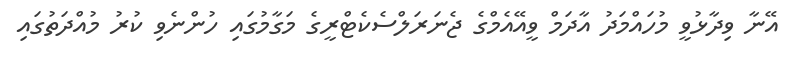
އޭނާ ވިދާޅުވީ މުހައްމަދު އާދަމް ވީއޭއެމްގެ ޖެނަރަލްސެކެޓްރީގެ މަގާމުގައި ހުންނެވި ކުރު މުއްދަތުގައި